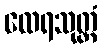
ထေရသုတ္တံ